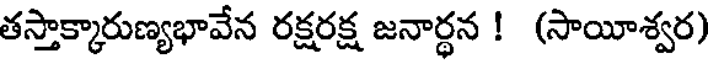
తస్తాక్కారుణ్యభావేన రక్షరక్ష జనార్థన ! (సాయీశ్వర)